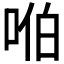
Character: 𪡈